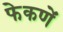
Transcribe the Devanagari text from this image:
फेकणें